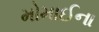
મોમાઈના